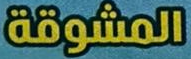
المشوقة